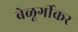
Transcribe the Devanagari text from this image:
बेळूर्गीकर